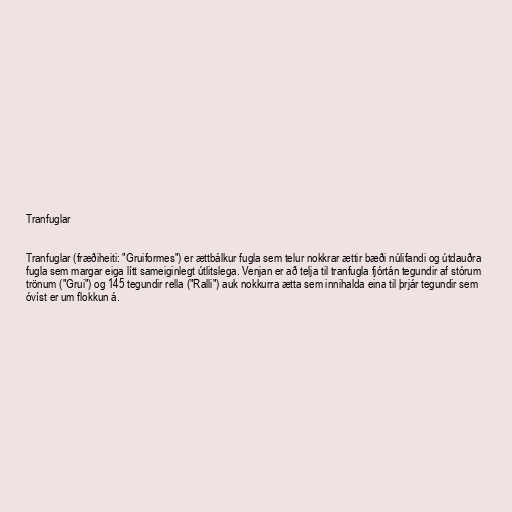
Tranfuglar

Tranfuglar (fræðiheiti: "Gruiformes") er ættbálkur fugla sem telur nokkrar ættir bæði núlifandi og útdauðra
fugla sem margar eiga lítt sameiginlegt útlitslega. Venjan er að telja til tranfugla fjórtán tegundir af stórum
trönum ("Grui") og 145 tegundir rella ("Ralli") auk nokkurra ætta sem innihalda eina til þrjár tegundir sem
óvíst er um flokkun á.